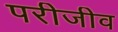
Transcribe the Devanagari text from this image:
परीजीव